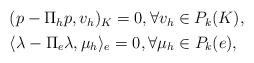
LaTeX: \begin{align*}\begin{aligned}&(p-\Pi_hp,v_h)_K=0,\forall v_h\in P_k(K),\\&\langle\lambda-\Pi_e\lambda,\mu_h\rangle_e=0,\forall \mu_h\in P_k(e),\end{aligned}\end{align*}